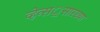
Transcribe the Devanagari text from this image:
व्हेन्स॒सारख्या